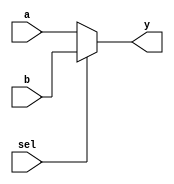
module mux2to1 (
    input wire a,        // Input signal a
    input wire b,        // Input signal b
    input wire sel,      // Select signal
    output reg y         // Output signal
);

// Combinational logic using procedural assignment
always @(*) begin
    // Immediate assignment based on the select signal
    if (sel) begin
        y = b;          // If sel is 1, output b
    end else begin
        y = a;          // If sel is 0, output a
    end
end

endmodule